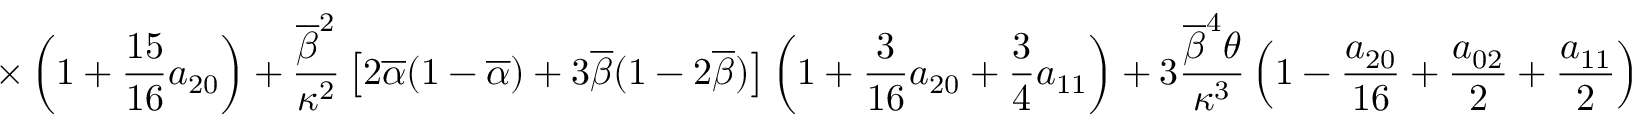
\displaystyle { \times \left( 1 + \frac { 1 5 } { 1 6 } a _ { 2 0 } \right) + \frac { \overline { { \beta } } ^ { 2 } } { \kappa ^ { 2 } } \left[ 2 \overline { { \alpha } } ( 1 - \overline { { \alpha } } ) + 3 \overline { { \beta } } ( 1 - 2 \overline { { \beta } } ) \right] \left( 1 + \frac { 3 } { 1 6 } a _ { 2 0 } + \frac { 3 } { 4 } a _ { 1 1 } \right) + 3 \frac { \overline { { \beta } } ^ { 4 } \theta } { \kappa ^ { 3 } } \left( 1 - \frac { a _ { 2 0 } } { 1 6 } + \frac { a _ { 0 2 } } { 2 } + \frac { a _ { 1 1 } } { 2 } \right) }